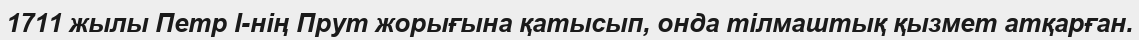
1711 жылы Петр I-нің Прут жорығына қатысып, онда тілмаштық қызмет атқарған.